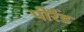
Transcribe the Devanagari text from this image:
पीरैँड